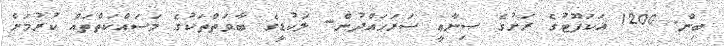
ބިން. 1200 އަކަފޫޓުގެ ރަށުގެ ޞިނާޢީ ސަރަޙައްދުން- ލަކުޑީގެ ބާވަތްތަކުގެ މަސައްކަތްތައް ކުރުމަށް